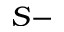
S -